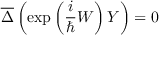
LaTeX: \overline { { { \Delta } } } \left( \exp \left( \frac i \hbar W \right) Y \right) = 0